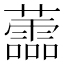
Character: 蘦